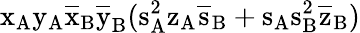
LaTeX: \mathrm{x_{A}\mathrm{y_{A}\mathrm{\overline{{x}}_{B}\mathrm{\overline{{y}}_{B}(\mathrm{s_{A}^{2}\mathrm{z_{A}\mathrm{\overline{{s}}_{B}+\mathrm{s_{A}\mathrm{s_{B}^{2}\mathrm{\overline{{z}}_{B})}}}}}}}}}}